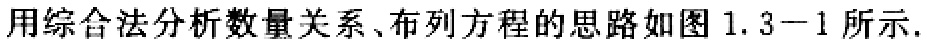
用综合法分析数量关系、布列方程的思路如图1.3−1所示.